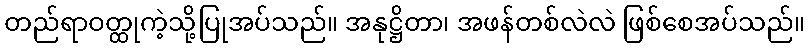
တည်ရာဝတ္ထုကဲ့သို့ပြုအပ်သည်။ အနုဋ္ဌိတာ၊ အဖန်တစ်လဲလဲ ဖြစ်စေအပ်သည်။